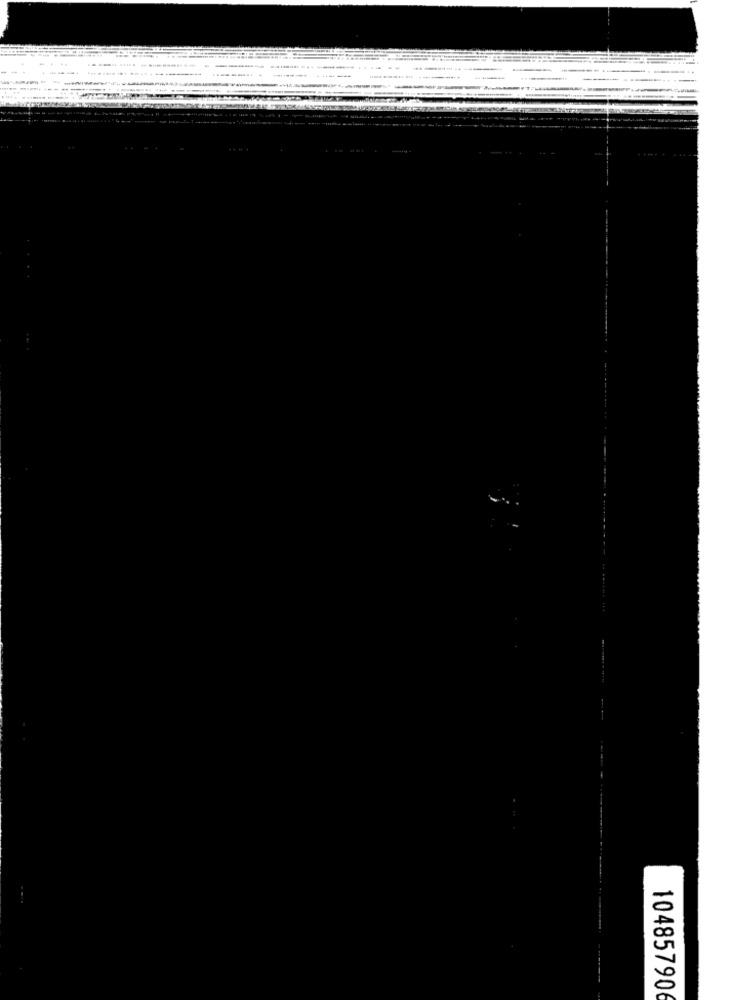
10485790